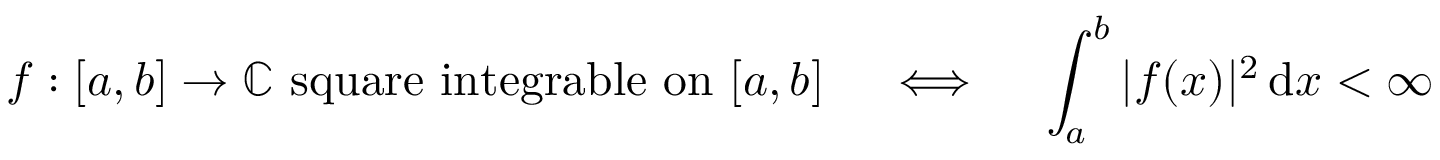
f : [ a , b ] \to \mathbb { C } { \mathrm { ~ s q u a r e ~ i n t e g r a b l e ~ o n ~ } } [ a , b ] \quad \iff \quad \int _ { a } ^ { b } | f ( x ) | ^ { 2 } \, \mathrm { d } x < \infty